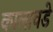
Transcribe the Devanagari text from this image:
कालावडे